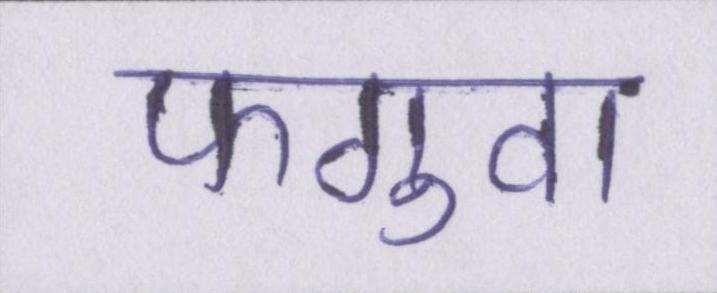
फगुवा